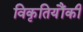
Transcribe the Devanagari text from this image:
विकृतियौंकी